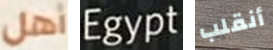
أهل Egypt أنقلب